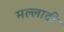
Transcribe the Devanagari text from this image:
मल्लादी